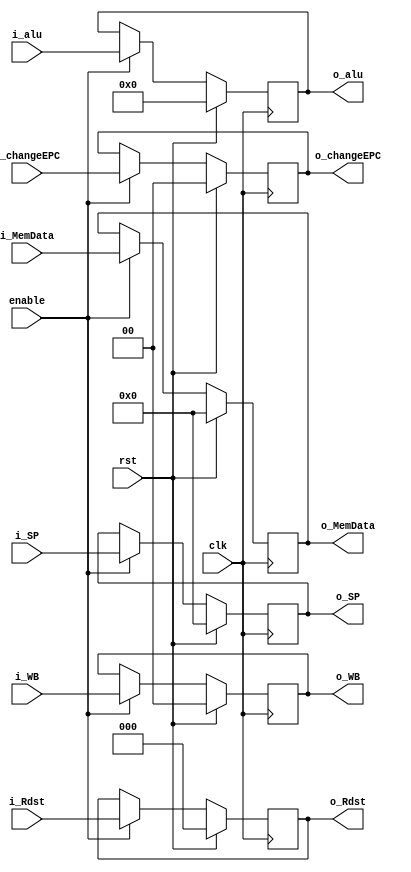
module Mem_WB_buff     
    #( parameter    
        WbSize  = 2
    )(
    input rst, 
    input  clk,enable,

    input  [WbSize-1 :0 ] i_WB,
    input  [31:0] i_MemData ,
    input  [15:0] i_alu,
    input  [2:0 ] i_Rdst, 
    input [31:0] i_SP,
    input [1:0] i_changeEPC,
    
    output reg [WbSize-1 :0 ] o_WB,
    output reg [31:0] o_MemData ,
    output reg [15:0] o_alu,
    output reg [ 2:0] o_Rdst ,
    output reg  [31:0] o_SP,
    output reg [1:0] o_changeEPC
);
    always @(negedge clk) begin
        if(rst == 1'b1) begin
            o_WB       <=  0;
            o_MemData  <=  0;
            o_alu      <=  0;
            o_Rdst     <=  0;
            o_SP       <=  0;
            o_changeEPC <= 0;
        end
        else if(enable == 1'b1) begin
            o_WB       <=  i_WB;
            o_MemData  <=  i_MemData;
            o_alu      <=  i_alu;
            o_Rdst     <=  i_Rdst;
            o_SP       <= i_SP;
            o_changeEPC <= i_changeEPC;
        end
    end
endmodule